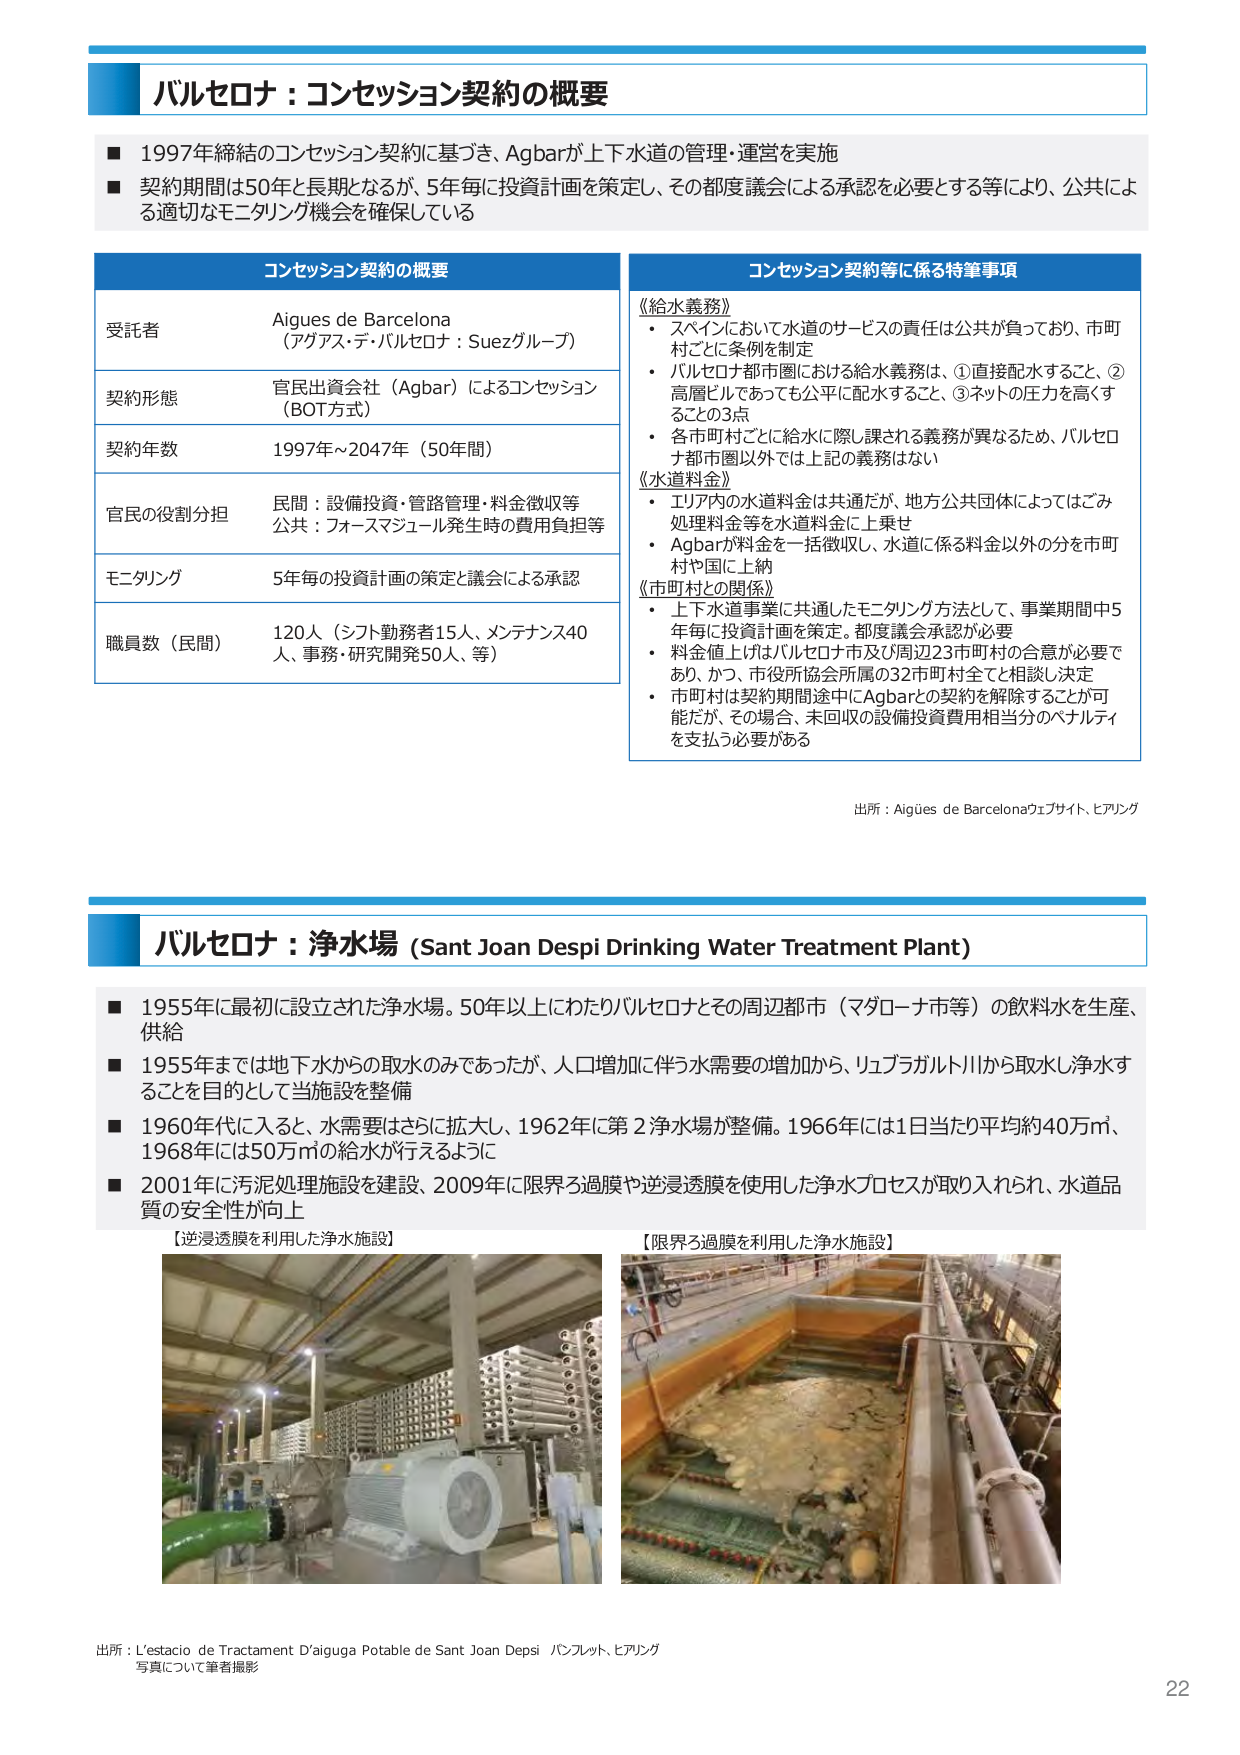
バルセロナ：コンセッション契約の概要

■ 1997年締結のコンセッション契約に基づき、Agbarが上下水道の管理・運営を実施
■ 契約期間は50年と長期となるが、5年毎に投資計画を策定し、その都度議会による承認を必要とする等により、公共による適切なモニタリング機会を確保している

コンセッション契約の概要
受託者　Aigues de Barcelona
　　　　（アグアス・デ・バルセロナ：Suezグループ）
契約形態　官民出資会社（Agbar）によるコンセッション
　　　　　（BOT方式）
契約年数　1997年～2047年（50年間）
官民の役割分担　民間：設備投資・管路管理・料金徴収等
　　　　　　　　公共：フォーマジュール発生時の費用負担等
モニタリング　5年毎の投資計画の策定と議会による承認
職員数（民間）　120人（シフト勤務者15人、メンテナンス40人、事務・研究開発50人、等）

コンセッション契約等に係る特筆事項
《給水義務》
・ スペインにおいて水道のサービスの責任は公共が負っており、市町村ごとに条例を制定
・ バルセロナ都市圏における給水義務は、①直接配水すること、②高層ビルであっても公平に配水すること、③ネットの圧力を高くすることの3点
・ 各市町村ごとに給水に際し課される義務が異なるため、バルセロナ都市圏以外では上記の義務はない
《水道料金》
・ エリア内の水道料金は共通だが、地方公共団体によってはごみ処理料金等を水道料金に上乗せ
・ Agbarが料金を一括徴収し、水道に係る料金以外の分を市町村や国に上納
《市町村との関係》
・ 上下水道事業に共通したモニタリング方法として、事業期間中5年毎に投資計画を策定。都度議会承認が必要
・ 料金値上げはバルセロナ市及び周辺23市町村の合意が必要であり、かつ、市役所協会所属の32市町村全てと相談し決定
・ 市町村は契約期間途中にAgbarとの契約を解除することが可能だが、その場合、未回収の設備投資費用相当分のペナルティを支払う必要がある

出所：Aigues de Barcelonaウェブサイト、ヒアリング

バルセロナ：浄水場（Sant Joan Despi Drinking Water Treatment Plant）

■ 1955年に最初に設立された浄水場。50年以上にわたりバルセロナとその周辺都市（マダローナ市等）の飲料水を生産、供給
■ 1955年までは地下水からの取水のみであったが、人口増加に伴う水需要の増加から、リュブラガルト川から取水し浄水することを目的として当施設を整備
■ 1960年代に入ると、水需要はさらに拡大し、1962年に第2浄水場が整備。1966年には1日当たり平均約40万㎥、1968年には50万㎥の給水が行えるように
■ 2001年に汚泥処理施設を建設、2009年に限界ろ過膜や逆浸透膜を使用した浄水プロセスが取り入れられ、水道品質の安全性が向上

【逆浸透膜を利用した浄水施設】
【限界ろ過膜を利用した浄水施設】

出所：L’estació de Tractament D’aigua Potable de Sant Joan Depsi パンフレット、ヒアリング
写真について筆者撮影

22